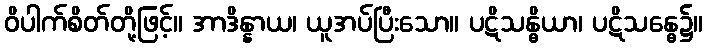
ဝိပါက်စိတ်တို့ဖြင့်။ အာဒိန္နာယ၊ ယူအပ်ပြီးသော။ ပဋိသန္ဓိယာ၊ ပဋိသန္ဓေ၌။